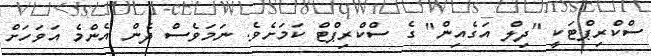
ސްކްރިޕްޓަކީ "ދިލް އަގެއިން" ގެ ސްކްރިޕްޓް ކަމަށެވެ. ނަމަވެސް ދެން އެންމެ އަވަހަށް